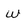
Character: w